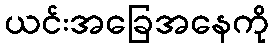
ယင်းအခြေအနေကို